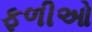
ફળીઓ